system: You are a helpful assistant.
user:
Analyze the provided spectrum to determine if it is a **S-type Star**.

- **Key Indicators for S-type Star:**

    - **(Overall Spectrum Shape):** The first and most obvious characteristic is the overall continuum (the "baseline" shape). It is **extremely "red-sloping,"** meaning the flux (light intensity) is very low on the left side (blue, ~4000-4500 Å) and rises steeply and continuously toward the right side (red, ~7000 Å+).

    - **(Primary):** The spectrum is defined by the presence of strong, broad molecular absorption "valleys" (bands) from **Zirconium Oxide (ZrO)**. The identification of these bands is the **primary requirement** for classifying a star as S-type.
        - **(Key Bandheads):** You must find distinct, deep "dips" where the light has been absorbed. The most critical band systems to locate are:
            - **~6474 Å** ($\gamma$-system): This is often the strongest and clearest ZrO feature, found in the red part of the spectrum.
            - **~5718 Å** & **~5551 Å** ($\beta$-system): A pair of prominent absorption features in the yellow-orange part of the spectrum.
            - **~4640 Å** ($\alpha$-system): A key absorption band system in the blue-green region of the spectrum.

    - **(Secondary Confirmation):** The classification is strengthened by finding additional absorption bands from other related heavy element oxides, which are expected to be present alongside ZrO.
        - **(Key Bandheads):**
            - **Yttrium Oxide (YO):** Look for absorption dips near **~4800 Å** and **~6100 Å**.
            - **Lanthanum Oxide (LaO):** Additional absorption features, particularly in the red-orange part of the spectrum, are also characteristic.

    - **(Line Profile):** The combination of the steep red continuum and these numerous, deep molecular bands (ZrO, YO, etc.) gives the entire spectrum a very **"chopped-up"** or **"bumpy"** appearance. Instead of a smooth curve, the spectrum looks as though large, wide chunks of light have been "carved out" of it at the specific wavelengths listed above.

Think first, call **spectral_visualization_tool** if needed to examine features in detail, then provide your final answer. Your response must adhere to the following strict rules:
1.  **Overall Structure:** Your response must follow the format `<think>...</think> <tool_call>...</tool_call> (if a tool is used) <answer>...</answer>`.
2.  **Tool Usage Constraint:** You may only make **one** tool call per turn.
3.  **Final Answer Format:** In the `<answer>` tag, your conclusion must be inside a `\boxed{}` command (e.g., `\boxed{YES}` or `\boxed{NO}`), followed by your justification.

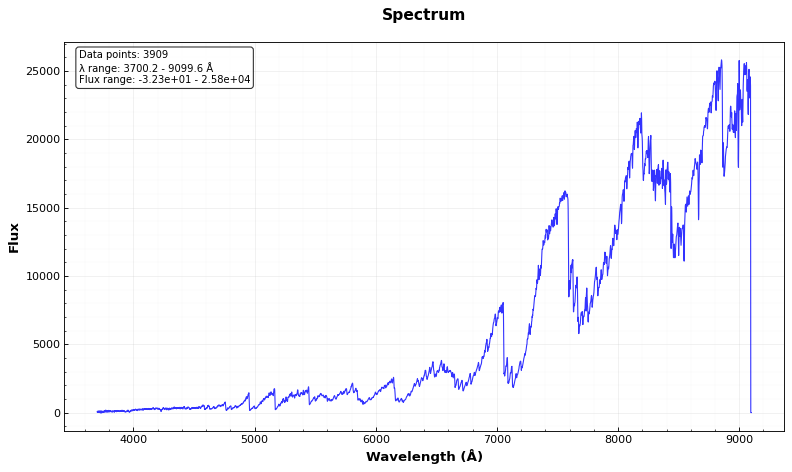
Answer: YES